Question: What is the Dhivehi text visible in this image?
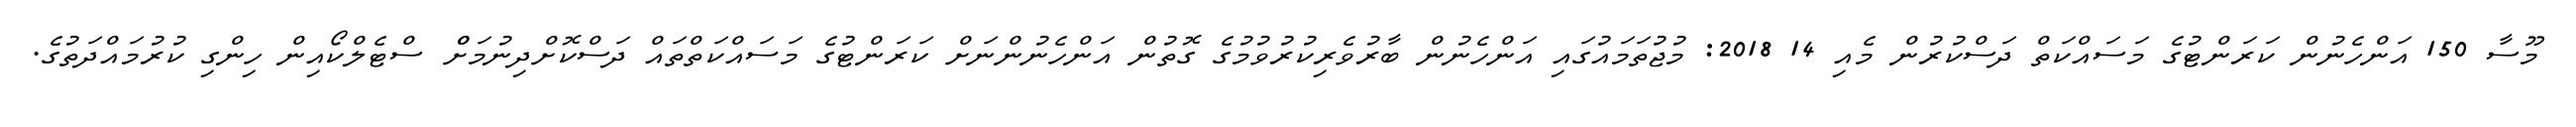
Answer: މޫސާ 150 އަންހެނުން ކަރަންޓުގެ މަސައްކަތް ދަސްކުރުން މެއި 14 2018: މުޖުތަމައުގައި އަންހެނުން ބާރުވެރިކުރުވުމުގެ ގޮތުން އަންހެނުންނަށް ކަރަންޓުގެ މަސައްކަތްތައް ދަސްކޮށްދިނުމަށްް ސްޓެލްކޯއިން ހިންގި ކުރުމައްދަތުގެ.